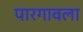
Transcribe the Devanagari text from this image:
पारगावला